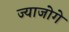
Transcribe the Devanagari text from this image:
ज्याजोगे